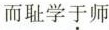
而耻学于师